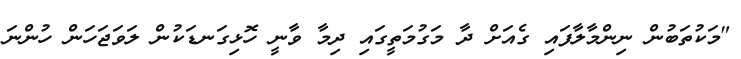
"މަކުތަބުން ނިންމާލާފައި ގެއަށް ދާ މަގުމަތީގައި ދިމާ ވާނީ ހޮޅިގަނޑަކުން ލަވަޖަހަން ހުންނަ